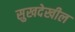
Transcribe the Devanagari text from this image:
सुखदेखील